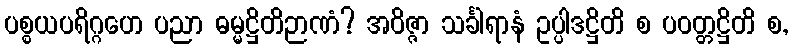
ပစ္စယပရိဂ္ဂဟေ ပညာ ဓမ္မဋ္ဌိတိဉာဏံ? အဝိဇ္ဇာ သင်္ခါရာနံ ဥပ္ပါဒဋ္ဌိတိ စ ပဝတ္တဋ္ဌိတိ စ,